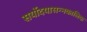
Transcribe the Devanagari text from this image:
सर्योदयासन्नकालिक